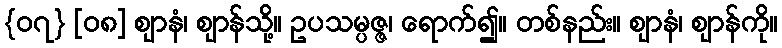
{၀၇} [၀၈] ဈာနံ၊ ဈာန်သို့။ ဥပသမ္ပဇ္ဇ၊ ရောက်၍။ တစ်နည်း။ ဈာနံ၊ ဈာန်ကို။